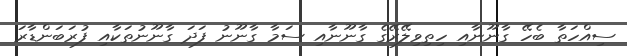
ސިއްހަތާ ބެހޭ ގާނޫނާއި ހިތިވިލޭރޭގެ ގާނޫނާއި ސަމާ ގާނޫނު ފަދަ ގާނޫނުތަކާއި ފުރަބަންޑާރަ